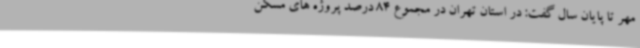
مهر تا پایان سال گفت: در استان تهران در مجموع 84 درصد پروژه های مسکن